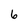
Character: 6